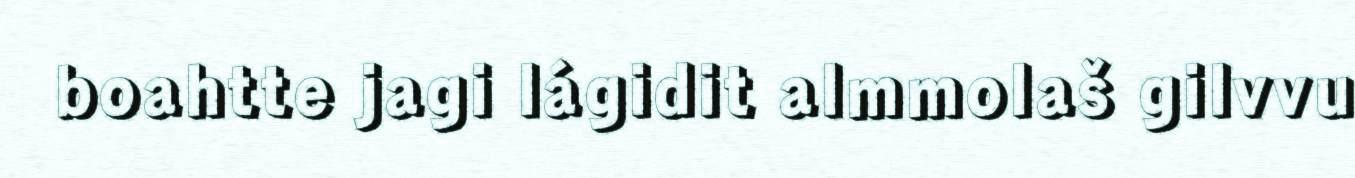
boahtte jagi lágidit almmolaš gilvvu